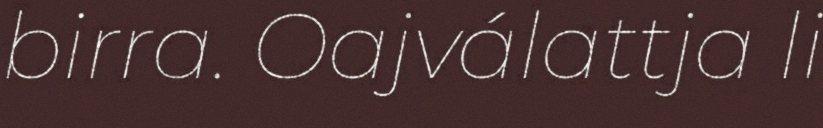
birra. Oajválattja li